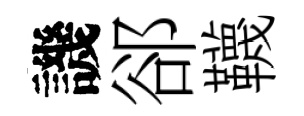
譏郤韈